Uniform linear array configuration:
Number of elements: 32
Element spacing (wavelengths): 0.5
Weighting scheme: hann
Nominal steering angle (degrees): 30
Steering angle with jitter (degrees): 31.421
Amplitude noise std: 0.05
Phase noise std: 0.05

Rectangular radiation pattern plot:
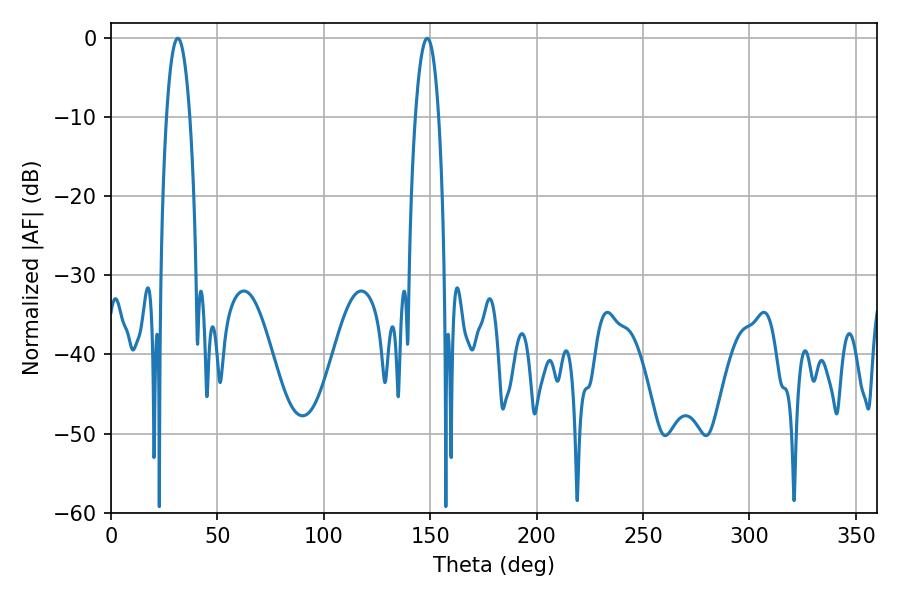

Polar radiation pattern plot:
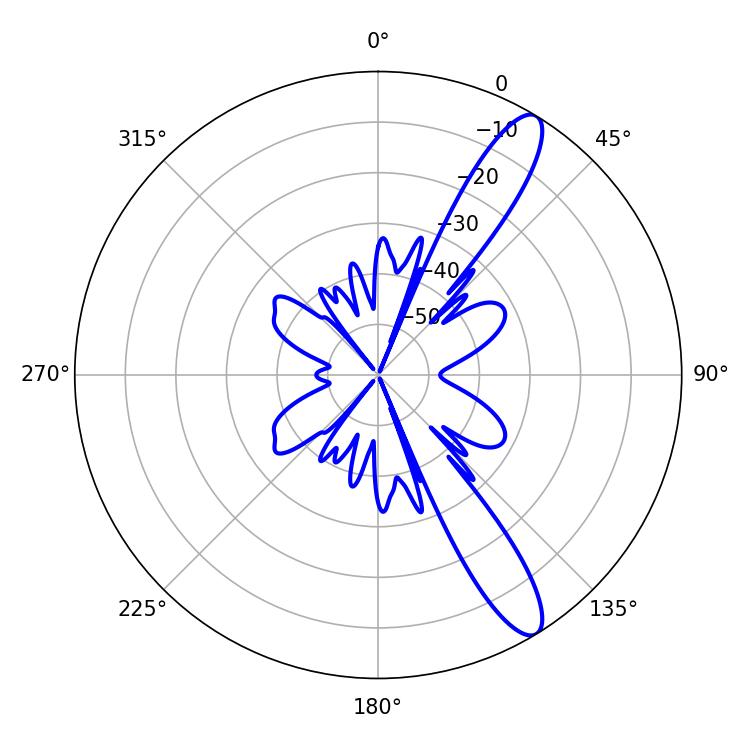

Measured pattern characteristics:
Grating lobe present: FALSE
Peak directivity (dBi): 12.244
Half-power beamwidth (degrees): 6.12
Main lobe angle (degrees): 31.32